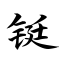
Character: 铤